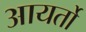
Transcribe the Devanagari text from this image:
आयर्तो